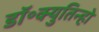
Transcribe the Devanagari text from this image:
डॉ॰क्युतिन्हो